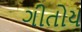
ગીતોય